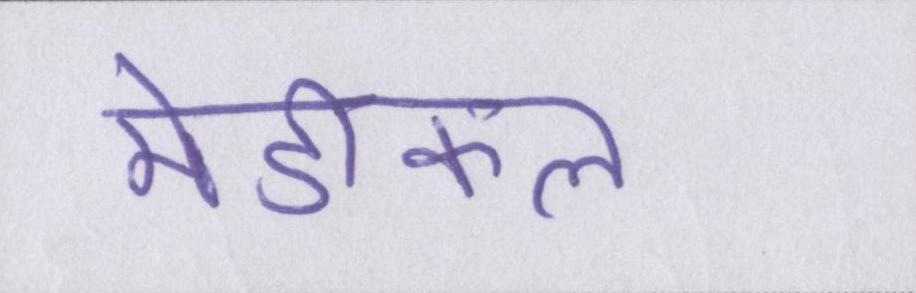
मेडीकल